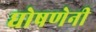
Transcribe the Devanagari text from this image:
घोषणेनी